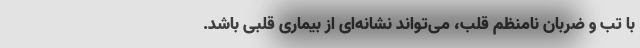
با تب و ضربان نامنظم قلب، می‌تواند نشانه‌ای از بیماری قلبی باشد.